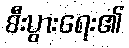
စီးပွားရေး၏